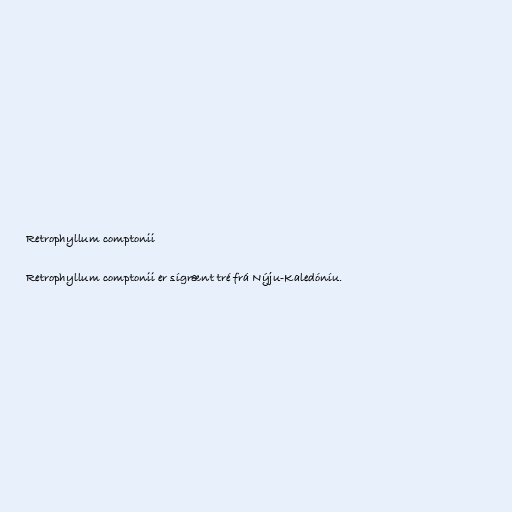
Retrophyllum comptonii

Retrophyllum comptonii er sígrænt tré frá Nýju-Kaledóníu.